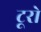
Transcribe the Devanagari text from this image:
टूरो